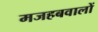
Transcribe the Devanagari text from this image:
मजहबवालों